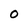
Character: O